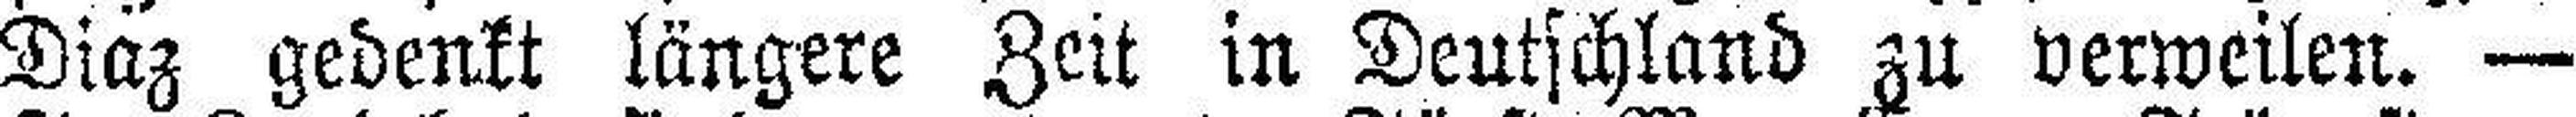
Diaz gedenkt längere Zeit in Deutschland zu verweilen. —